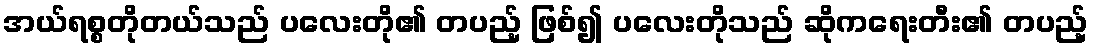
အယ်ရစ္စတိုတယ်သည် ပလေးတို၏ တပည့် ဖြစ်၍ ပလေးတိုသည် ဆိုကရေးတီး၏ တပည့်